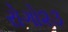
રોગો૨૩